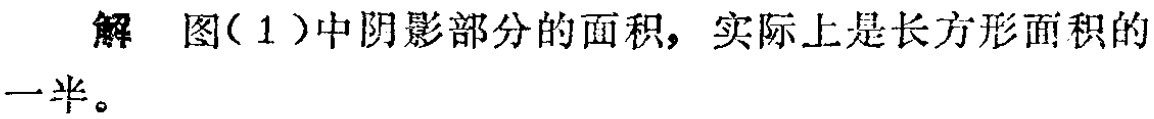
解 图(1)中阴影部分的面积，实际上是长方形面积的一半。